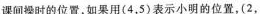
课间操时的位置，如果用(4，5)表示小明的位置，(2，